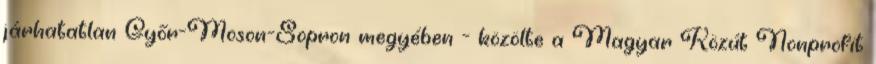
járhatatlan Győr-Moson-Sopron megyében - közölte a Magyar Közút Nonprofit